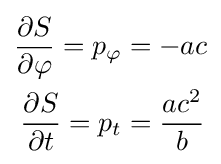
{\begin{aligned}{\frac {\partial S}{\partial \varphi }}=p_{\varphi }&=-ac\\{\frac {\partial S}{\partial t}}=p_{t}&={\frac {ac^{2}}{b}}\end{aligned}}